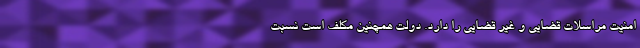
امنیت مراسلات قضایی و غیر قضایی را دارد. دولت همچنین مکلف است نسبت